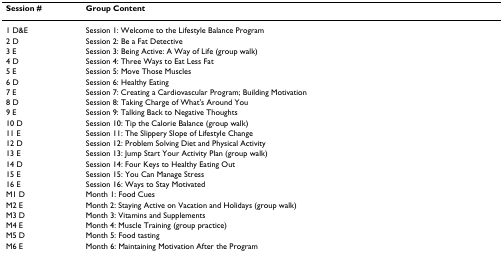
<table><thead><tr><td><b>Session #</b></td><td><b>Group Content</b></td></tr></thead><tbody><tr><td>1 D&amp;E</td><td>Session 1: Welcome to the Lifestyle Balance Program</td></tr><tr><td>2 D</td><td>Session 2: Be a Fat Detective</td></tr><tr><td>3 E</td><td>Session 3: Being Active: A Way of Life (group walk)</td></tr><tr><td>4 D</td><td>Session 4: Three Ways to Eat Less Fat</td></tr><tr><td>5 E</td><td>Session 5: Move Those Muscles</td></tr><tr><td>6 D</td><td>Session 6: Healthy Eating</td></tr><tr><td>7 E</td><td>Session 7: Creating a Cardiovascular Program; Building Motivation</td></tr><tr><td>8 D</td><td>Session 8: Taking Charge of What&#x27;s Around You</td></tr><tr><td>9 E</td><td>Session 9: Talking Back to Negative Thoughts</td></tr><tr><td>10 D</td><td>Session 10: Tip the Calorie Balance (group walk)</td></tr><tr><td>11 E</td><td>Session 11: The Slippery Slope of Lifestyle Change</td></tr><tr><td>12 D</td><td>Session 12: Problem Solving Diet and Physical Activity</td></tr><tr><td>13 E</td><td>Session 13: Jump Start Your Activity Plan (group walk)</td></tr><tr><td>14 D</td><td>Session 14: Four Keys to Healthy Eating Out</td></tr><tr><td>15 E</td><td>Session 15: You Can Manage Stress</td></tr><tr><td>16 E</td><td>Session 16: Ways to Stay Motivated</td></tr><tr><td>M1 D</td><td>Month 1: Food Cues</td></tr><tr><td>M2 E</td><td>Month 2: Staying Active on Vacation and Holidays (group walk)</td></tr><tr><td>M3 D</td><td>Month 3: Vitamins and Supplements</td></tr><tr><td>M4 E</td><td>Month 4: Muscle Training (group practice)</td></tr><tr><td>M5 D</td><td>Month 5: Food tasting</td></tr><tr><td>M6 E</td><td>Month 6: Maintaining Motivation After the Program</td></tr></tbody></table>